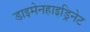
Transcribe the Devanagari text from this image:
डाइमेनहाइड्रिनेट